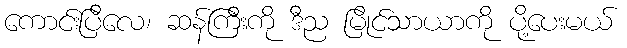
ကောင်းပြီလေ၊ ဆန်ကြီးကို ဒီည မြိုင်သာယာကို ပို့ပေးမယ်